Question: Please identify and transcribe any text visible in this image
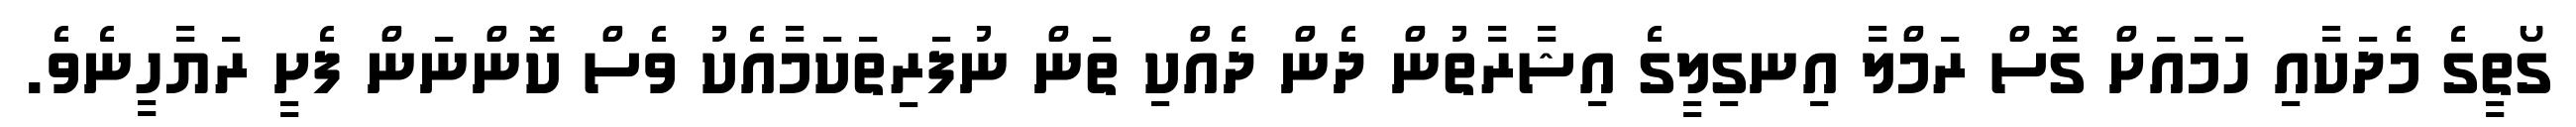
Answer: ގޯތީގެ މެދަކާއި ހަމައަށް ގޮސް ރަމްލާ އިނގިލީގެ އިޝާރާތުން ދެން ދެއްކި ތަން ނުފަރިތަކަމާއެކު ވެސް ކޮންނަން ފެށީ ރަޔާހީނެވެ.